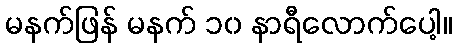
မနက်ဖြန် မနက် ၁၀ နာရီလောက်ပေါ့။